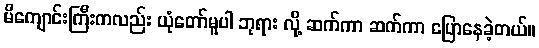
မိကျောင်းကြီးကလည်း ယုံတော်မူပါ ဘုရား လို့ ဆက်ကာ ဆက်ကာ ပြောနေခဲ့တယ်။